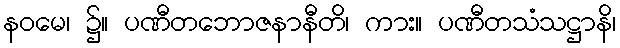
နဝမေ၊ ၌။ ပဏီတဘောဇနာနီတိ၊ ကား။ ပဏီတသံသဋ္ဌာနိ၊